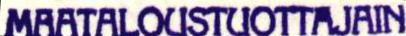
MAATALOUSTUOTTAJAIN